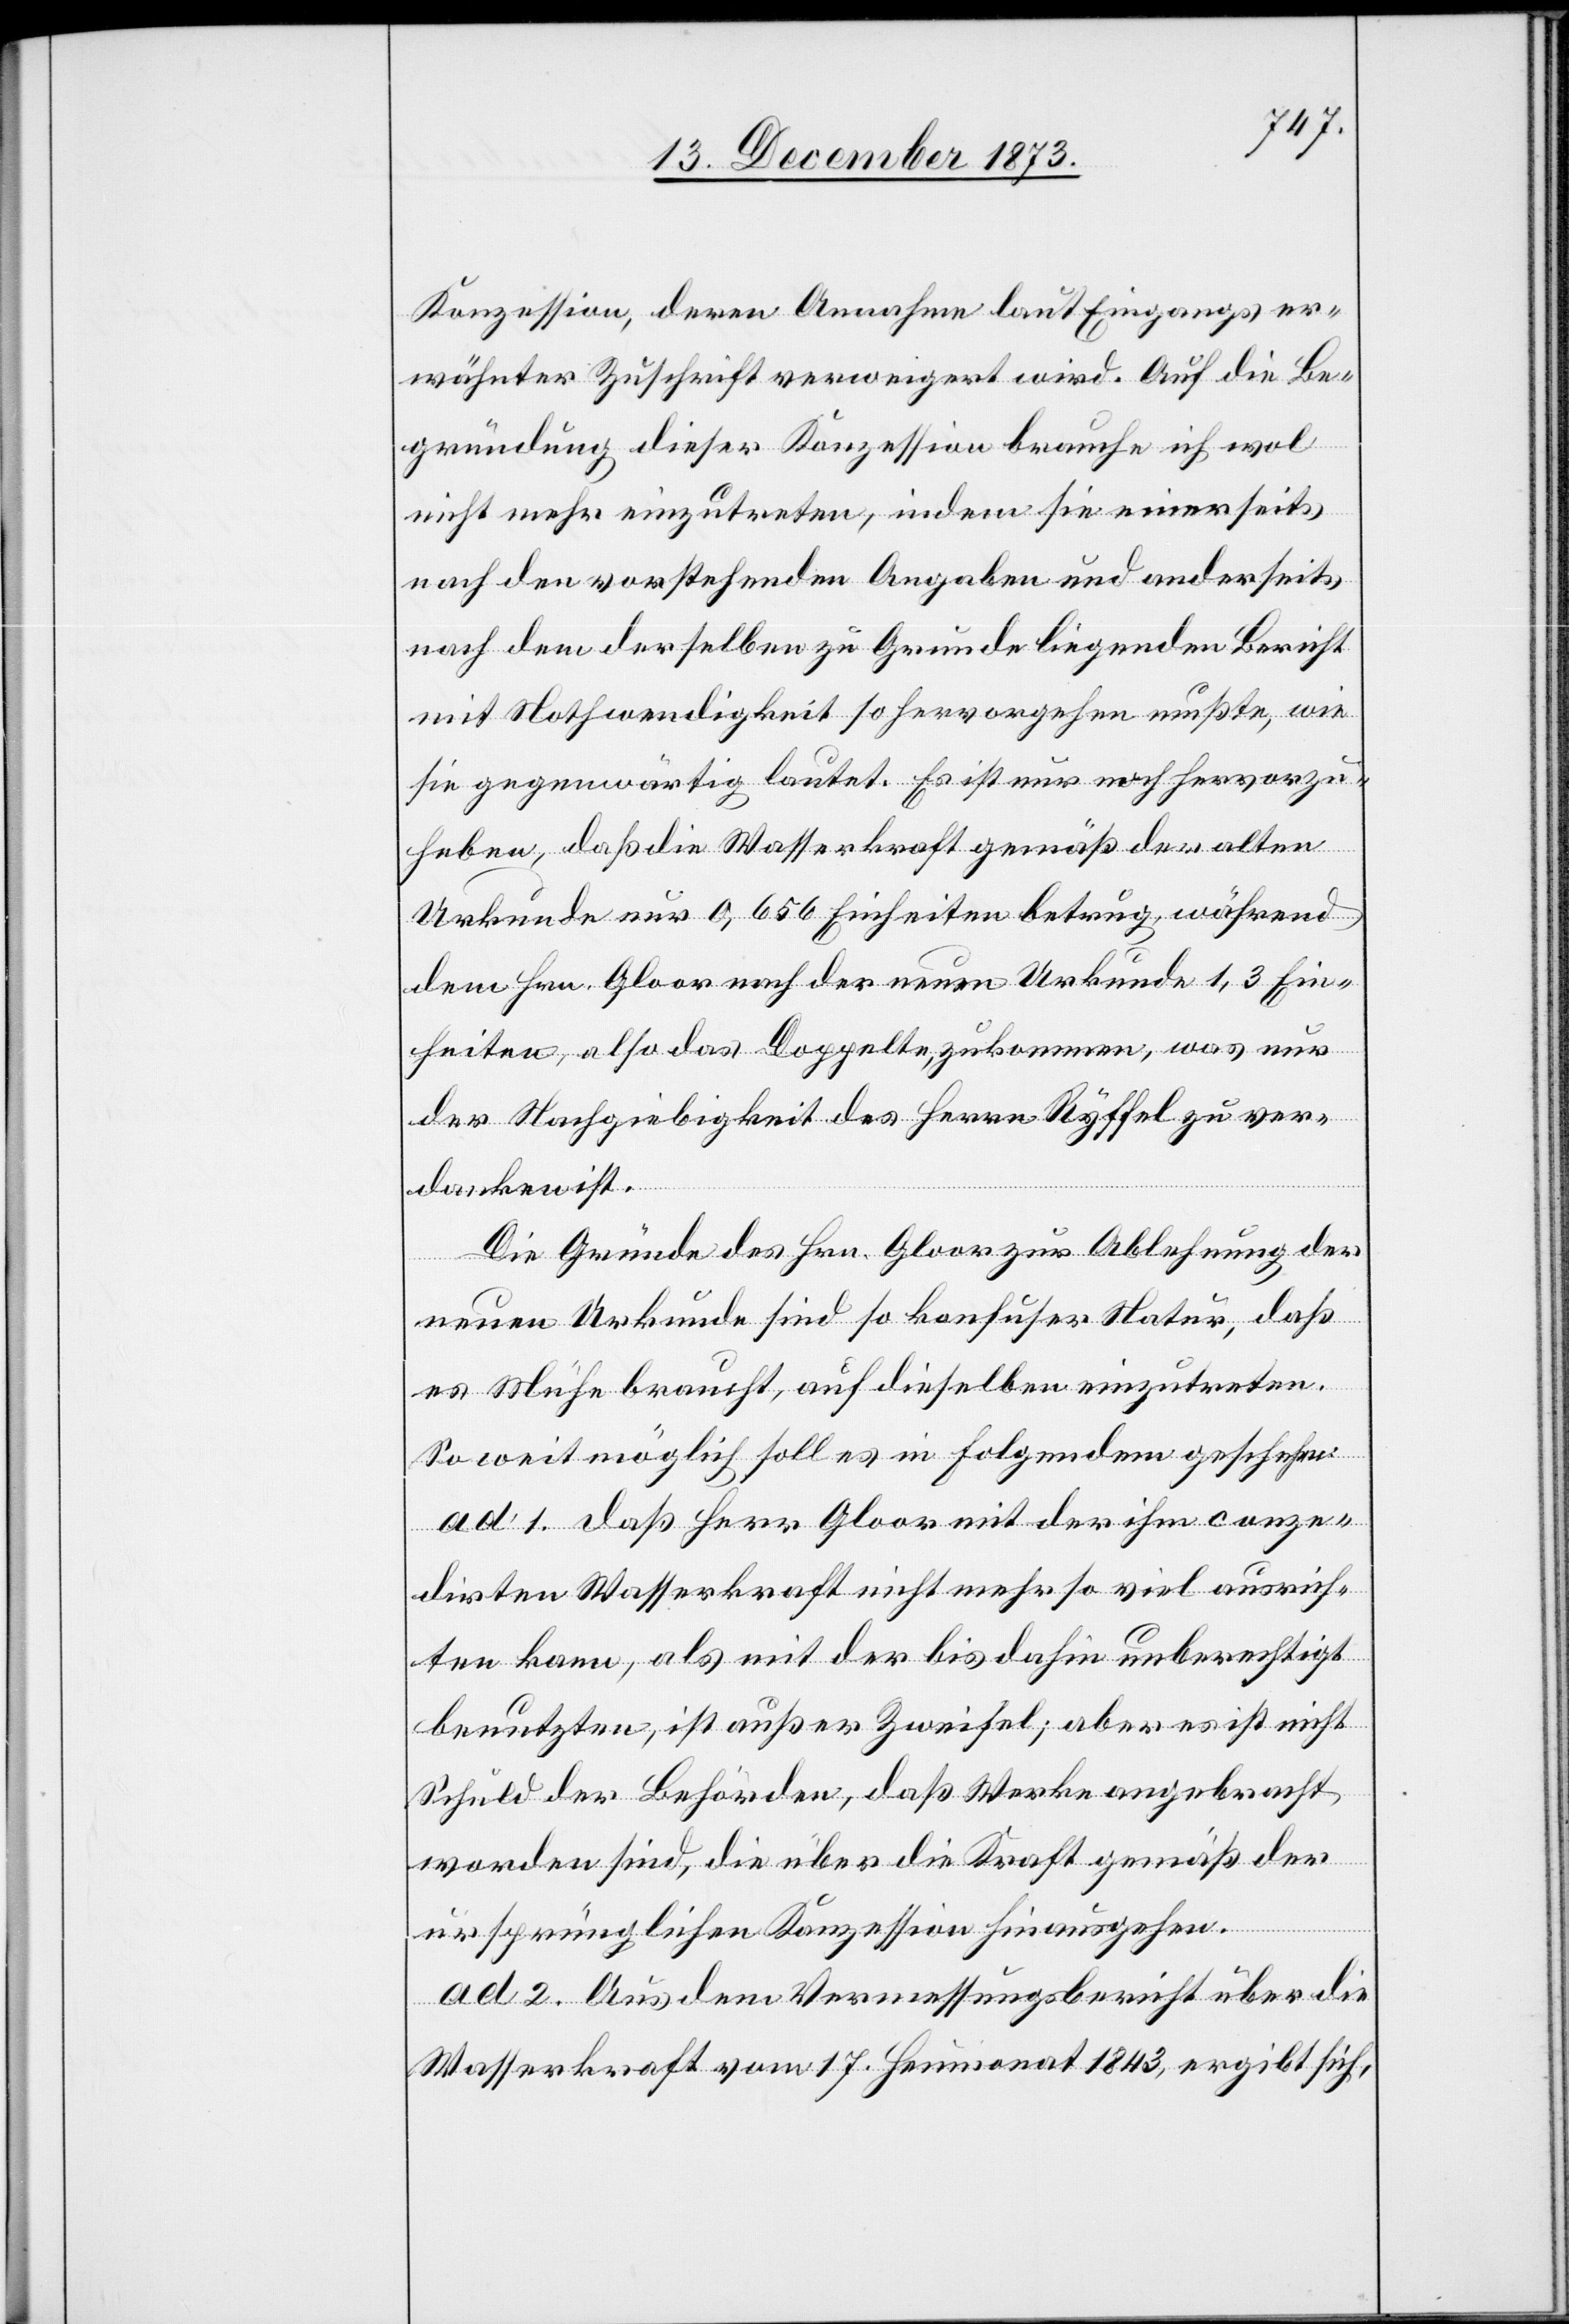
Konzession, deren Annahme laut Eingangs er¬
wähnter Zuschrift verweigert wird. Auf die Be¬
gründung dieser Konzession brauche ich wol
nicht mehr einzutreten, indem sie einerseits
nach den vorstehenden Angaben und anderseits
nach dem derselben zu Grunde liegenden Bericht
mit Nothwendigkeit so hervorgehen mußte, wie
sie gegenwärtig lautet. Es ist nur noch hervorzu¬
heben, daß die Wasserkraft gemäß der alten
Urkunde nur 0,656 Einheiten betrug, während
dem Hrn. Gloor nach der neuen Urkunde 1,3 Ein¬
heiten, also das Doppelte, zukommen, was nur
der Nachgiebigkeit des Herrn Ryffel zu ver¬
danken ist.
Die Gründe des Hrn. Gloor zur Ablehnung der
neuen Urkunde sind so konfuser Natur, daß
es Mühe braucht, auf dieselben einzutreten.
So weit möglich soll es in Folgendem geschehen:
ad. 1. Daß Herr Gloor mit der ihm conze¬
dirten Wasserkraft nicht mehr so viel ausrich¬
ten kann, als mit der bis dahin unberechtigt
benutzten, ist außer Zweifel; aber es ist nicht
Schuld der Behörden, daß Werke angebracht
worden sind, die über die Kraft gemäß der
ursprünglichen Konzession hinausgehen.
ad 2. Aus dem Vermessungsbericht über die
Wasserkraft vom 17. Heumonat 1843, ergibt sich,